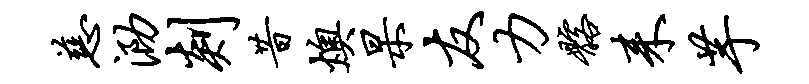
慈泐剡昔燠杲友力髂耒芋